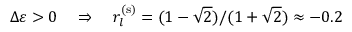
\Delta \varepsilon > 0 \quad \Rightarrow \quad r _ { l } ^ { ( \mathrm { s } ) } = ( 1 - \sqrt { 2 } ) / ( 1 + \sqrt { 2 } ) \approx - 0 . 2